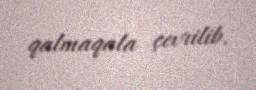
qalmaqala çevrilib.